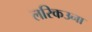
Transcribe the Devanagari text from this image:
लरिकउना